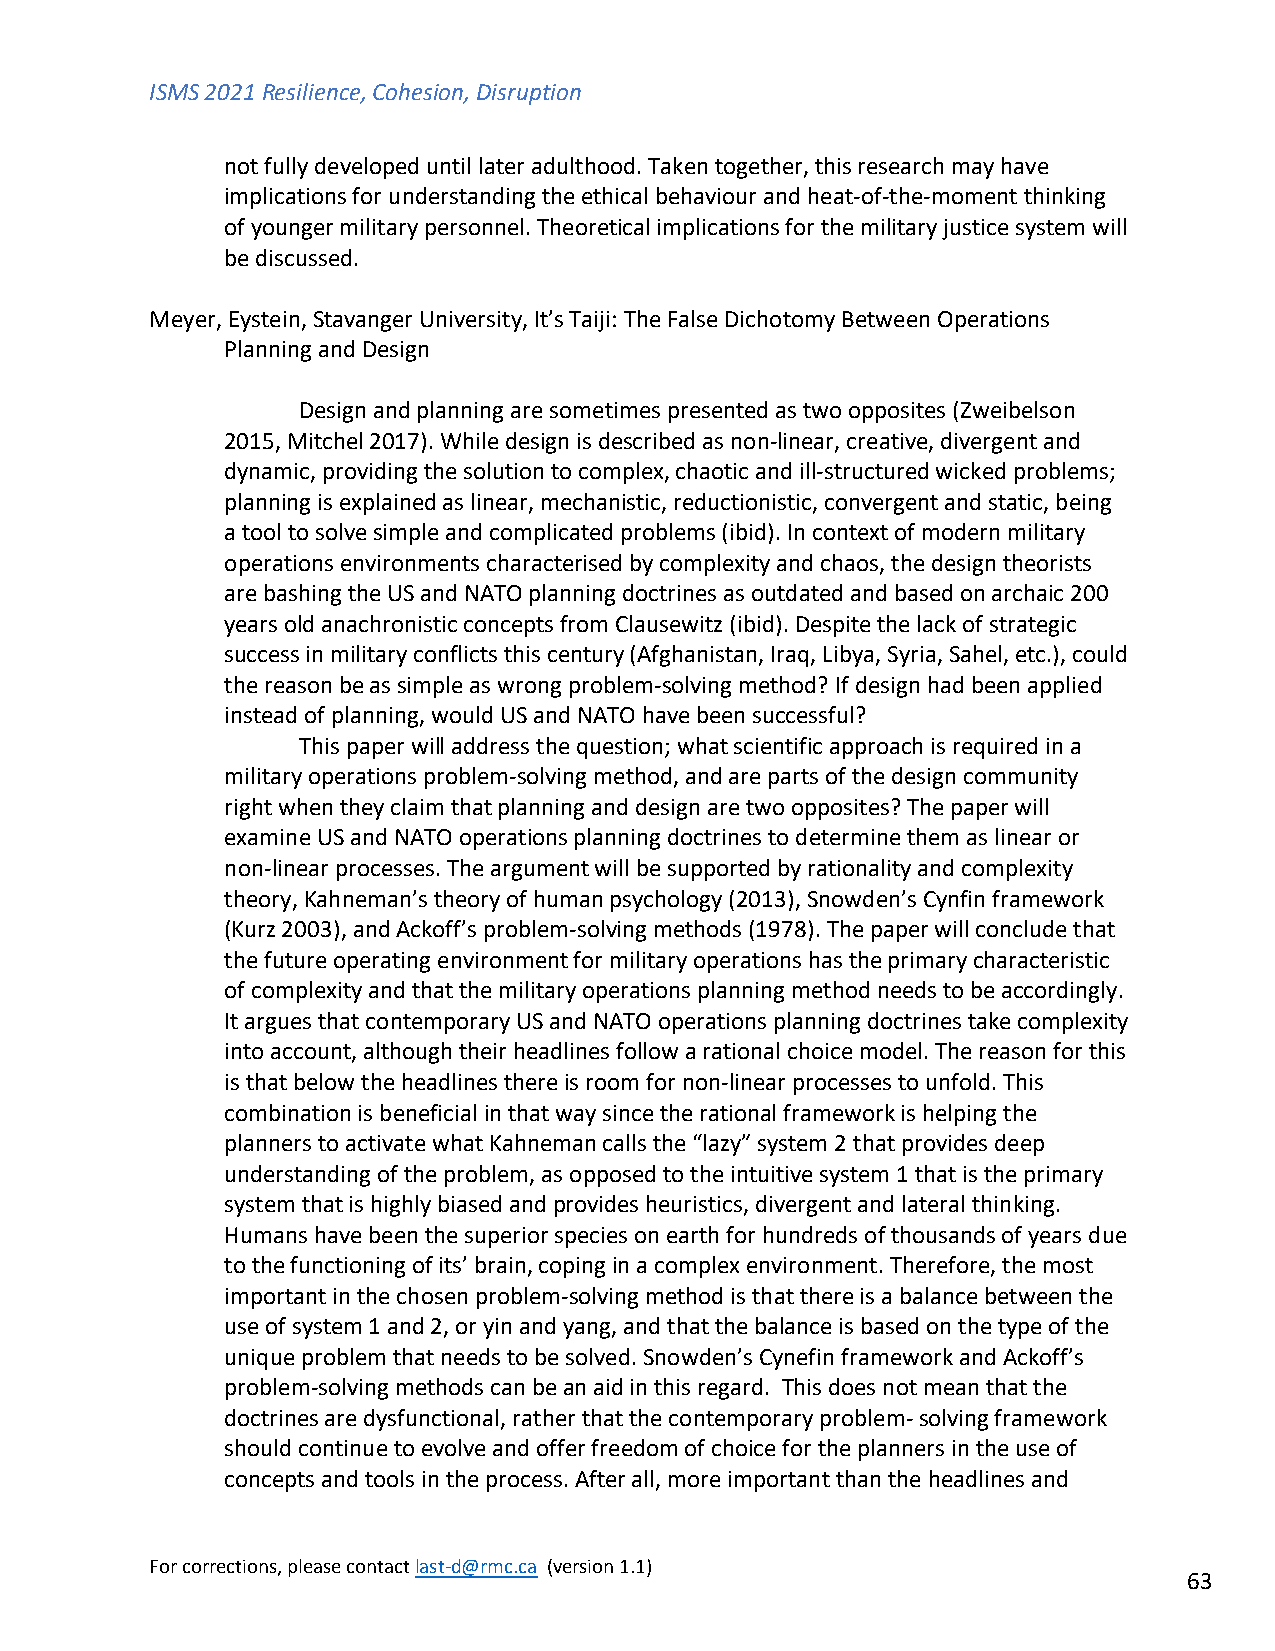
ISMS 2021 Resilience, Cohesion, Disruption
 not fully developed until later adulthood. Taken together, this research may have
 implications for understanding the ethical behaviour and heat-of-the-moment thinking
 of younger military personnel. Theoretical implications for the military justice system will
 be discussed.
 Meyer, Eystein, Stavanger University, It’s Taiji: The False Dichotomy Between Operations
 Planning and Design
 Design and planning are sometimes presented as two opposites (Zweibelson
 2015, Mitchel 2017). While design is described as non-linear, creative, divergent and
 dynamic, providing the solution to complex, chaotic and ill-structured wicked problems;
 planning is explained as linear, mechanistic, reductionistic, convergent and static, being
 a tool to solve simple and complicated problems (ibid). In context of modern military
 operations environments characterised by complexity and chaos, the design theorists
 are bashing the US and NATO planning doctrines as outdated and based on archaic 200
 years old anachronistic concepts from Clausewitz (ibid). Despite the lack of strategic
 success in military conflicts this century (Afghanistan, Iraq, Libya, Syria, Sahel, etc.), could
 the reason be as simple as wrong problem-solving method? If design had been applied
 instead of planning, would US and NATO have been successful?
 This paper will address the question; what scientific approach is required in a
 military operations problem-solving method, and are parts of the design community
 right when they claim that planning and design are two opposites? The paper will
 examine US and NATO operations planning doctrines to determine them as linear or
 non-linear processes. The argument will be supported by rationality and complexity
 theory, Kahneman’s theory of human psychology (2013), Snowden’s Cynfin framework
 (Kurz 2003), and Ackoff’s problem-solving methods (1978). The paper will conclude that
 the future operating environment for military operations has the primary characteristic
 of complexity and that the military operations planning method needs to be accordingly.
 It argues that contemporary US and NATO operations planning doctrines take complexity
 into account, although their headlines follow a rational choice model. The reason for this
 is that below the headlines there is room for non-linear processes to unfold. This
 combination is beneficial in that way since the rational framework is helping the
 planners to activate what Kahneman calls the “lazy” system 2 that provides deep
 understanding of the problem, as opposed to the intuitive system 1 that is the primary
 system that is highly biased and provides heuristics, divergent and lateral thinking.
 Humans have been the superior species on earth for hundreds of thousands of years due
 to the functioning of its’ brain, coping in a complex environment. Therefore, the most
 important in the chosen problem-solving method is that there is a balance between the
 use of system 1 and 2, or yin and yang, and that the balance is based on the type of the
 unique problem that needs to be solved. Snowden’s Cynefin framework and Ackoff’s
 problem-solving methods can be an aid in this regard. This does not mean that the
 doctrines are dysfunctional, rather that the contemporary problem- solving framework
 should continue to evolve and offer freedom of choice for the planners in the use of
 concepts and tools in the process. After all, more important than the headlines and
 For corrections, please contact last-d@rmc.ca (version 1.1)
 63